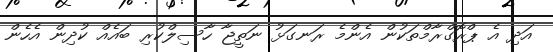
އަދި އެ ޕްރޮގްރާމްތަކުން އެންމެ ރަނގަޅު ނަތީޖާ ހާސިލްކުރި ބައެއް ކުދިން އެހެން